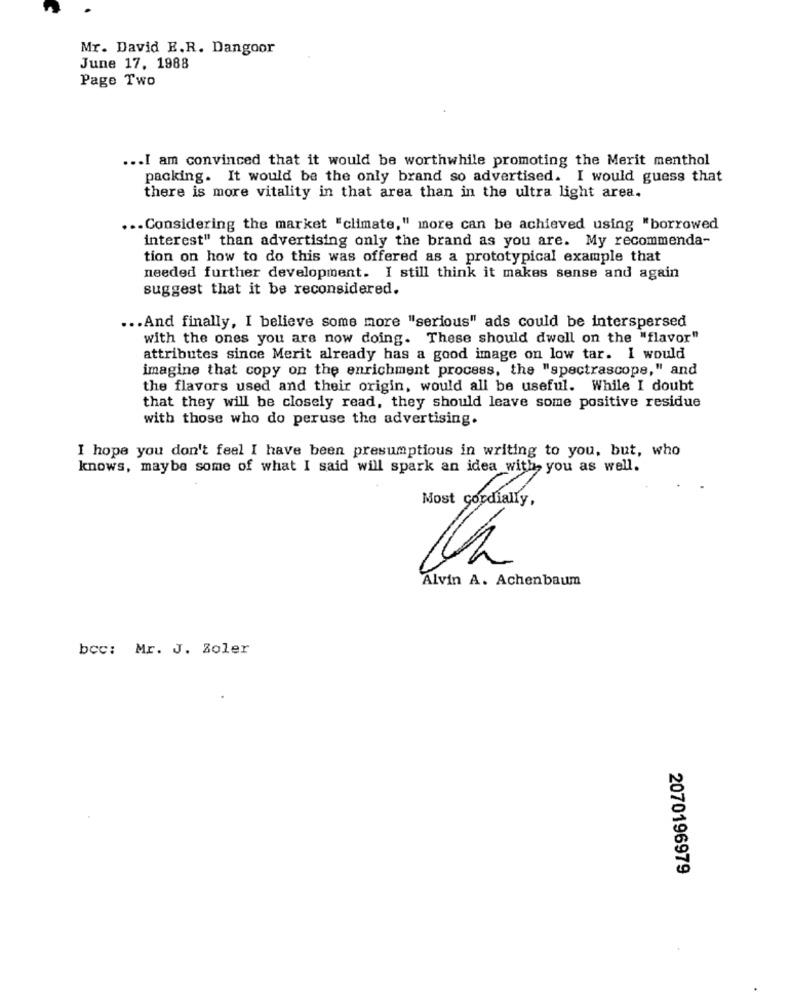
Mr. David E.R. Dangoor
June 17, 1988
Page Two
... I am convinced that it would be worthwhile promoting the Merit menthol
packing. It would be the only brand so advertised. I would guess that
there is more vitality in that area than in the ultra light area.
... Considering the market "climate," more can be achieved using "borrowed
interest" than advertising only the brand as you are. My recommenda-
tion on how to do this was offered as a prototypical example that
needed further development. I still think it makes sense and again
suggest that it be reconsidered.
... And finally, I believe some more "serious" ads could be interspersed
with the ones you are now doing. These should dwell on the "flavor"
attributes since Merit already has a good image on low tar. I would
imagine that copy on the enrichment process, the "spectrascope," and
the flavors used and their origin, would all be useful. While I doubt
that they will be closely read, they should leave some positive residue
with those who do peruse the advertising.
I hope you don't feel I have been presumptious in writing to you, but, who
knows, maybe some of what I said will spark an idea with, you as well.
Most cordially,
Alvin A. Achenbaum
bec: Mr. J. Zoler
2070196979